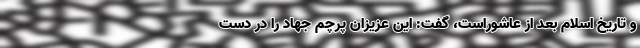
و تاریخ اسلام بعد از عاشوراست، گفت: این عزیزان پرچم جهاد را در دست